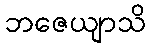
ဘဇေယျာသိ